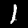
Digit: 1